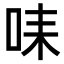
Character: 𠱤